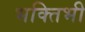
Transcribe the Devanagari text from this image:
भक्तिभी